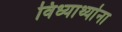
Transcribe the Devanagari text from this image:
विध्यार्थ्याना